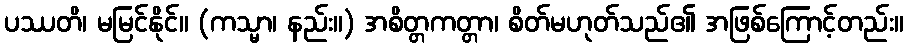
ပဿတိ၊ မမြင်နိုင်။ (ကသ္မာ၊ နည်း။) အစိတ္တကတ္တာ၊ စိတ်မဟုတ်သည်၏ အဖြစ်ကြောင့်တည်း။